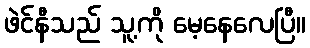
ဖဲင်နီသည် သူ့ကို မေ့နေလေပြီ။